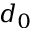
d _ { 0 }